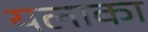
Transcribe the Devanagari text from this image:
यलाका